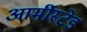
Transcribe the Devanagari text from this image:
आर्मीस्टेड